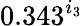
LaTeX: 0.343^{i_{3}}